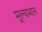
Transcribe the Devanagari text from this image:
मूल्यभान